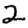
Digit: 2